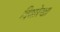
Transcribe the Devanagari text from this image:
दिशारेखा